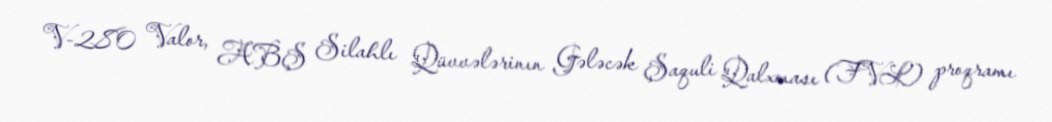
V-280 Valor, ABŞ Silahlı Qüvvələrinın Gələcək Şaquli Qalxması (FVL) proqramı